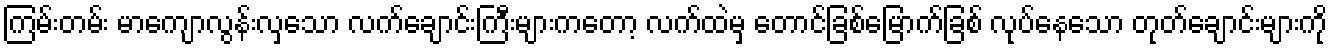
ကြမ်းတမ်း မာကျောလွန်းလှသော လက်ချောင်းကြီးများကတော့ လက်ထဲမှ တောင်ခြစ်မြောက်ခြစ် လုပ်နေသော တုတ်ချောင်းများကို